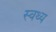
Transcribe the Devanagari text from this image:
स्वथ्य